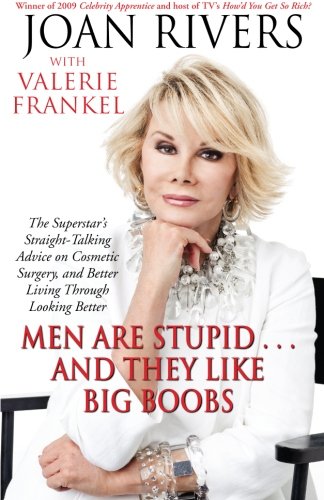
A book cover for Men Are Stupid . . . And They Like Big Boobs: A Woman's Guide to Beauty Through Plastic Surgery; Joan Rivers; Humor & Entertainment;